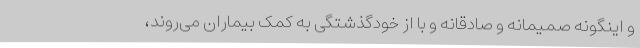
و اینگونه صمیمانه و صادقانه و با از خودگذشتگی به کمک بیماران می‌روند،